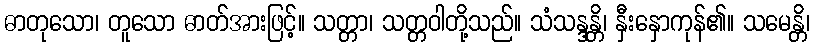
ဓာတုသော၊ တူသော ဓာတ်အားဖြင့်။ သတ္တာ၊ သတ္တဝါတို့သည်။ သံသန္ဒန္တိ၊ နှီးနှောကုန်၏။ သမေန္တိ၊